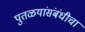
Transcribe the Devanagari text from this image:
पुतळयांसंबंधीचा